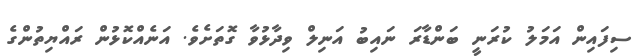
ސިފައިން އަމަލު ކުރަނީ ބަންޑާރަ ނައިބު އަނިލް ވިދާޅުވާ ގޮތަށެވެ. އަނެއްކޮޅުން ރައްޔިތުންގެ